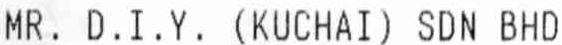
MR. D.I.Y. (KUCHAI) SDN BHD